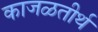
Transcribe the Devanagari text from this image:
काजळतीर्थ